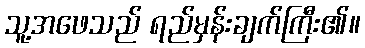
သူ့အဖေသည် ရည်မှန်းချက်ကြီး၏။